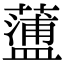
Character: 𧁔